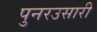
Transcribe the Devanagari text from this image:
पुनरउसारी